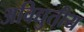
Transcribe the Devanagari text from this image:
अविद्युतीय